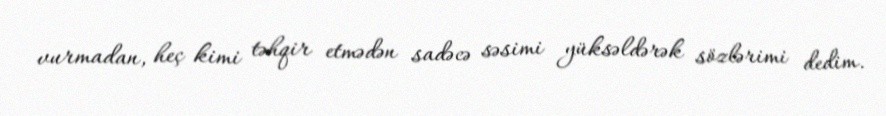
vurmadan, heç kimi təhqir etmədən sadəcə səsimi yüksəldərək sözlərimi dedim.